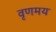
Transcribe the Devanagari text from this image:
वृणमय